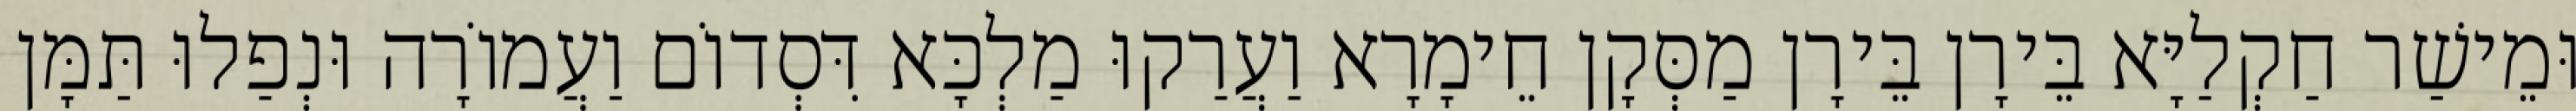
וּמֵישַׁר חַקְלַיָּא בֵּירָן בֵּירָן מַסְּקָן חֵימָרָא וַעֲרַקוּ מַלְכָּא דִּסְדוֹם וַעֲמוֹרָה וּנְפַלוּ תַּמָּן